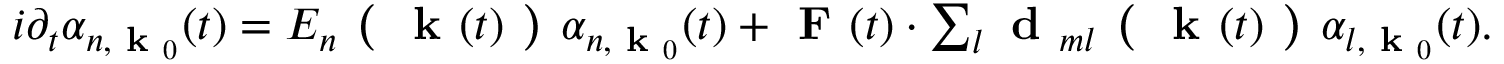
\begin{array} { r } { i \partial _ { t } \alpha _ { n , \textbf { k } _ { 0 } } ( t ) = E _ { n } \textbf { ( } \textbf { k } ( t ) \textbf { ) } \alpha _ { n , \textbf { k } _ { 0 } } ( t ) + \textbf { F } ( t ) \cdot \sum _ { l } \textbf { d } _ { m l } \textbf { ( } \textbf { k } ( t ) \textbf { ) } \alpha _ { l , \textbf { k } _ { 0 } } ( t ) . } \end{array}